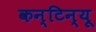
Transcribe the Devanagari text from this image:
कन्टिन्यू